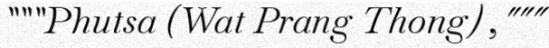
"""Phutsa (Wat Prang Thong) ,"""